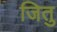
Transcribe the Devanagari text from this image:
जितु